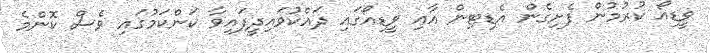
ވީޑިއޯ ކުރުމުން ފެށިގެން އެޑިޓިން އާއި ވީޑިއޯގައި ދައްކުވައިދީފައިވާ ކަންކަމުގައި ވެސް ކޮންމެ